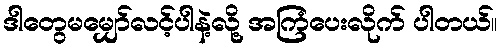
ဒါတွေမမျှော်လင့်ပါနဲ့လို့ အကြံပေးလိုက် ပါတယ်။